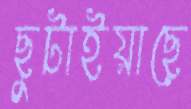
ছুটাইয়াছে